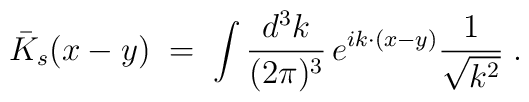
{\bar K}_s(x-y) \;=\; \int \frac{d^3k}{(2\pi)^3} \,e^{i k \cdot (x-y)} \frac{1}{\sqrt{k^2}}\;.